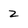
Character: 2